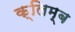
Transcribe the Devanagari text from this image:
क्लिम्ब